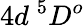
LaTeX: {4d~^{5}D^{o}}